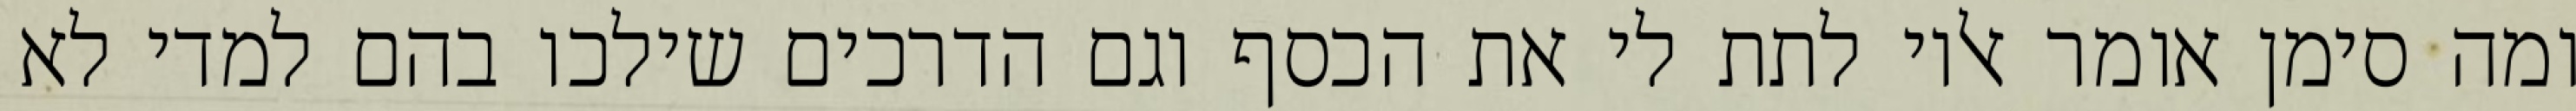
ומה סימן אומר אליו לתת לי את הכסף וגם הדרכים שילכו בהם למדי לא